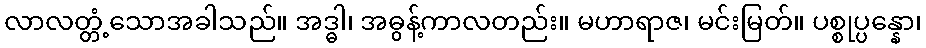
လာလတ္တံ့သောအခါသည်။ အဒ္ဓါ၊ အဓွန့်ကာလတည်း။ မဟာရာဇ၊ မင်းမြတ်။ ပစ္စုပ္ပန္နော၊